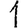
Digit: 1